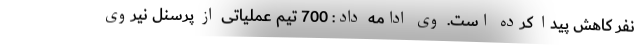
نفر کاهش پیدا کرده است. وی ادامه داد: 700 تیم عملیاتی از پرسنل نیروی